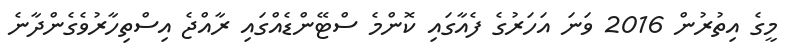
މީގެ އިތުރުން 2016 ވަނަ އަހަރުގެ ފެއާގައި ކޮންމެ ސްޓޭންޑެއްގައި ރާއްޖެ އިސްތިހާރުވެގެންދާނެ